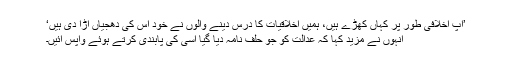
’آپ اخلافی طور پر کہاں کھڑے ہیں، ہمیں اخلاقیات کا درس دینے والوں نے خود اس کی دھجیاں اڑا دی ہیں‘
انہوں نے مزید کہا کہ عدالت کو جو حلف نامہ دیا گیا اسی کی پابندی کرتے ہوئے واپس آئیں۔